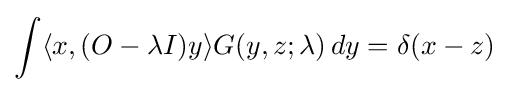
\int \langle x,(O-\lambda I)y\rangle G(y,z;\lambda )\,dy=\delta (x-z)